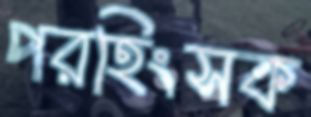
পরহিংসক